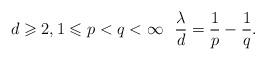
LaTeX: \begin{align*} d\geqslant2 , 1\leqslant p<q<\infty \,\,\,\,\frac\lambda d=\frac1p-\frac1q.\end{align*}